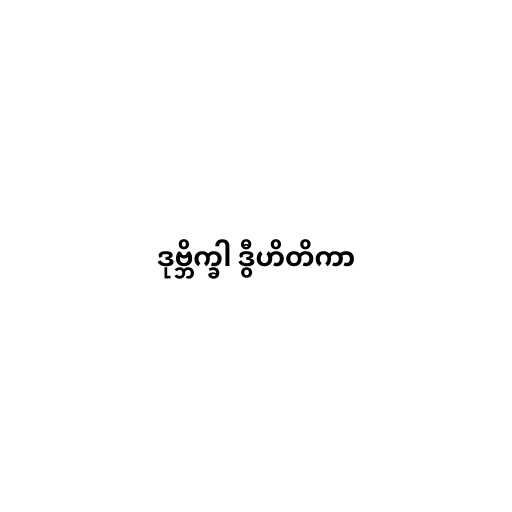
ဒုဗ္ဘိက္ခါ ဒွီဟိတိကာ